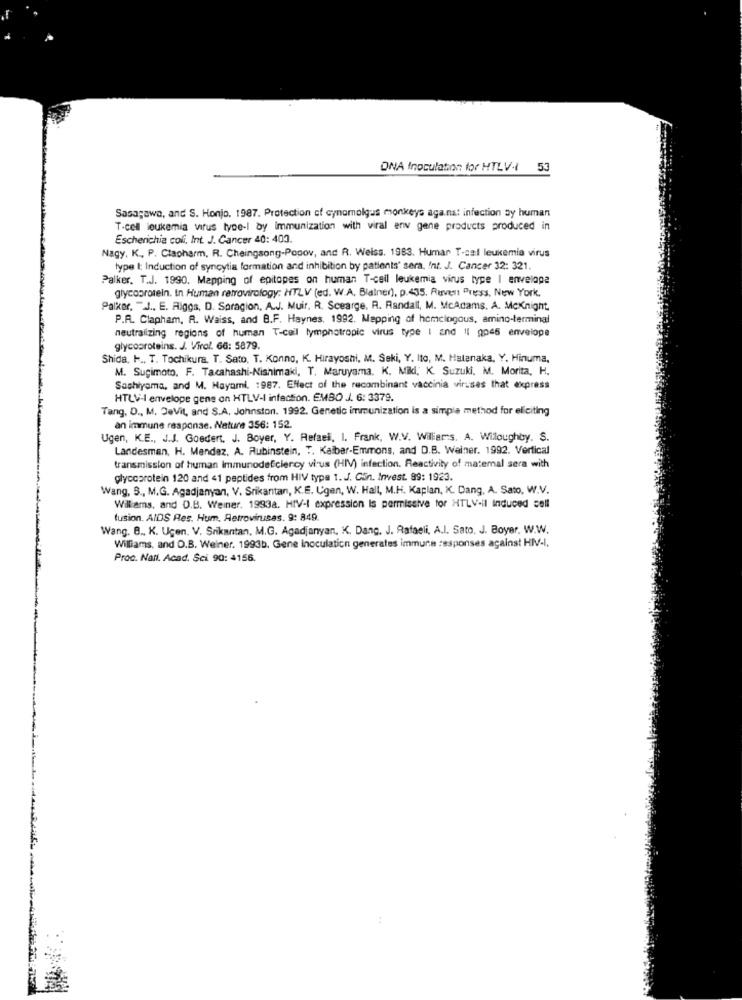
DNA Inoculation for HTLV-t 53
Sasagowe, and S. Honjo. 1987. Protection of cynomolgus monkeys agans: infection by human
T-cell leukemia virus type-l by immunization with viral env gene products produced in
Escherichia coli, Int. J. Cancer 40: 403.
Nagy. K ., P. Clapharm, R. Cheingsong-Popov, and R. Weiss. 1983. Humar T-cal leukemia virus
type I: Induction of syncytia formation and inhibition by patients' sera, Int. J. Cancer 32: 321.
Palker. T.J. 1990. Mapping of epitopes on human T-cell leukemia virus type | envelope
glycoprotein. In Human retrovirology: HTLV (ed. W.A. Blainer), p.435, Raven Press, New York,
Palker, TJ .. E. Riggs, D. Spragion, A.J. Muir. R. Scearge. R. Randall, M. McAdams. A. McKnight,
P.R. Clapham, R. Waiss, and B.F. Haynes. 1992. Mapping of homologous, amino-terminal
neutralizing regions of human T-call lymphotropic virus type I and II gp45 envelope
glycoproteins. J. Virol. 66: 5879.
Shida, H ., T. Tochikura, T. Sato, T. Konno, K. Hirayoshi, M. Seki, Y. Ito, M. Matanaka, Y. Hinuma,
M. Sugimoto. F. Tacahashi-Nishimaki, T. Maruyama. K. Mild, K. Suzuki, M. Morita, H.
Sachiyama, and M. Hayami, 1987. Effect of the recombinant vaccinia viruses that express
HTLV-I envelope gene on HTLV-I infection. EMBO J. 6: 3379.
Tang. D ., M. DeVit, and S.A. Johnston. 1992. Genetic immunization is a simple method for eliciting
an immune response. Nature 356: 152.
Ugen, K.E ., J.J. Goedert. J. Boyer, Y. Refaeli, I. Frank, W.V. Williams. A. Willoughby. S.
Landesman, H. Mendez. A. Rubinstein, T. Kalber-Emmons, and D.B. Weiner. 1992. Vertical
transmission of human Immunodeficiency virus (HIV) infection. Reactivity of matemal sera with
glycoprotein 120 and 41 peptides from HIV type 1. J. Gün. Invest. 99: 1923.
Wang, S ., M.G. Agadjanyan, V. Srikantan, K.E. Ugen, W. Hall, M.H. Kaplan, K. Dang, A. Sato, W.V.
Williams, and O.B. Weiner. 1993a. HIV-I expression Is permissive for HTLV-il Induced sell
fusion. AIDS Res. Hum, Retroviruses. 9: 849.
Wang. B ., K. Ugen. V. Srikantan, M.G. Agadjanyan, K. Dang, J. Rafaeli, A.I. Sato, J. Boyer, W.W.
Williams, and D.B. Weiner. 1993b. Gene inoculation generates immune responses against HIV-I.
Proc. Nail. Acad. Sci 90: 4156.